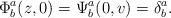
LaTeX: \begin{align*}\Phi^a_b(z,0)=\Psi^a_b(0,v)=\delta^a_b.\end{align*}